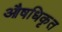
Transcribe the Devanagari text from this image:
औषधिकृत